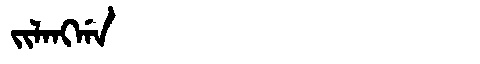
Manchu: ᠵᡳᠯᠠᠩᡤᠠ
Romanization: JILANGGA